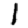
Digit: 1